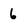
Character: 6